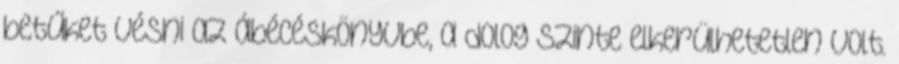
betűket vésni az ábécéskönyvbe, a dolog szinte elkerülhetetlen volt.